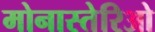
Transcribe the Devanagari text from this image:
मोनास्तेरिओ